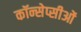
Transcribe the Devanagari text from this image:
कॉन्सेप्सीओं